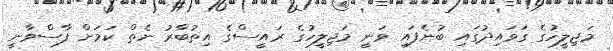
މަޖިލީހުގެ ގަވައިދުގައި ބުނެފައި ވަނީ މަޖިލީހުގެ ރައީސްގެ އިތުބާރު ނެތް ކަމަށް ފާސްވާނީ